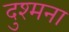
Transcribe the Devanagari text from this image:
दुश्मना